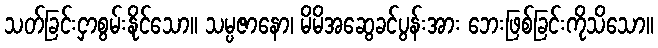
သတ်ခြင်းငှာစွမ်းနိုင်သော။ သမ္ပဇာနော၊ မိမိအဆွေခင်ပွန်းအား ဘေးဖြစ်ခြင်းကိုသိသော။